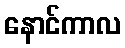
နောင်ကာလ